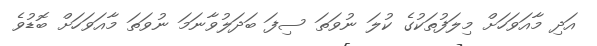
އަދި މާއަވަހަށް މިލަފުތަކުގެ ކުލަ ނުވަތަ ސިފަ ބަދަލުވާނަމަ ނުވަތަ މާއަވަހަށް ބޮޑުވެ